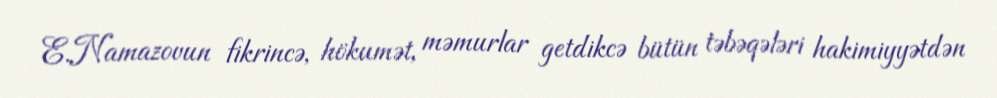
E.Namazovun fikrincə, hökumət, məmurlar getdikcə bütün təbəqələri hakimiyyətdən